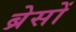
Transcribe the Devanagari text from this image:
ब्रेसों